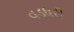
વડધરી